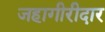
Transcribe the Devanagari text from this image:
जहागीरीदार